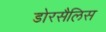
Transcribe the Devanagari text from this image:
डोरसैलिस